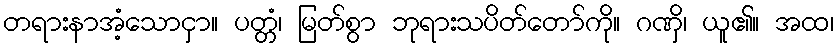
တရားနာအံ့သောငှာ။ ပတ္တံ၊ မြတ်စွာ ဘုရားသပိတ်တော်ကို။ ဂဏှိ၊ ယူ၏။ အထ၊